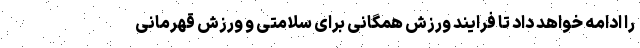
را ادامه خواهد داد تا فرایند ورزش همگانی برای سلامتی و ورزش قهرمانی